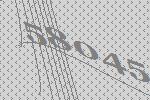
58045